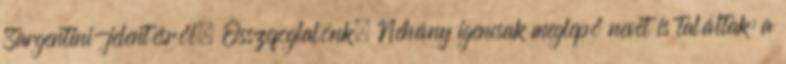
Sargentini-jelentésről. Összefoglalónk. Néhány igencsak meglepő nevet is találtak: a